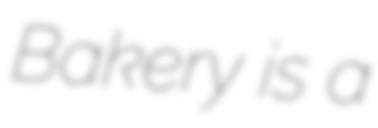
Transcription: Bakery is a